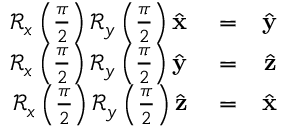
\begin{array} { r l r } { \mathcal { R } _ { x } \left( \frac { \pi } { 2 } \right) \mathcal { R } _ { y } \left( \frac { \pi } { 2 } \right) \hat { \bf x } } & { { } = } & { \hat { \bf y } } \\ { \mathcal { R } _ { x } \left( \frac { \pi } { 2 } \right) \mathcal { R } _ { y } \left( \frac { \pi } { 2 } \right) \hat { \bf y } } & { { } = } & { \hat { \bf z } } \\ { \mathcal { R } _ { x } \left( \frac { \pi } { 2 } \right) \mathcal { R } _ { y } \left( \frac { \pi } { 2 } \right) \hat { \bf z } } & { { } = } & { \hat { \bf x } } \end{array}